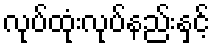
လုပ်ထုံးလုပ်နည်းနှင့်